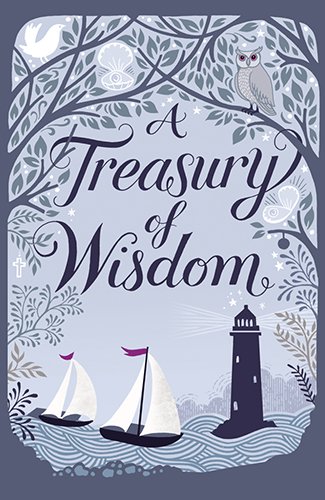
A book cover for A Treasury of Wisdom; Mary Joslin; Children's Books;